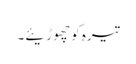
تیرہ کو چھوڑیئے۔